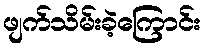
ဖျက်သိမ်းခဲ့ကြောင်း